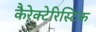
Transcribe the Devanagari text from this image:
कैरेक्टेरिस्टिक